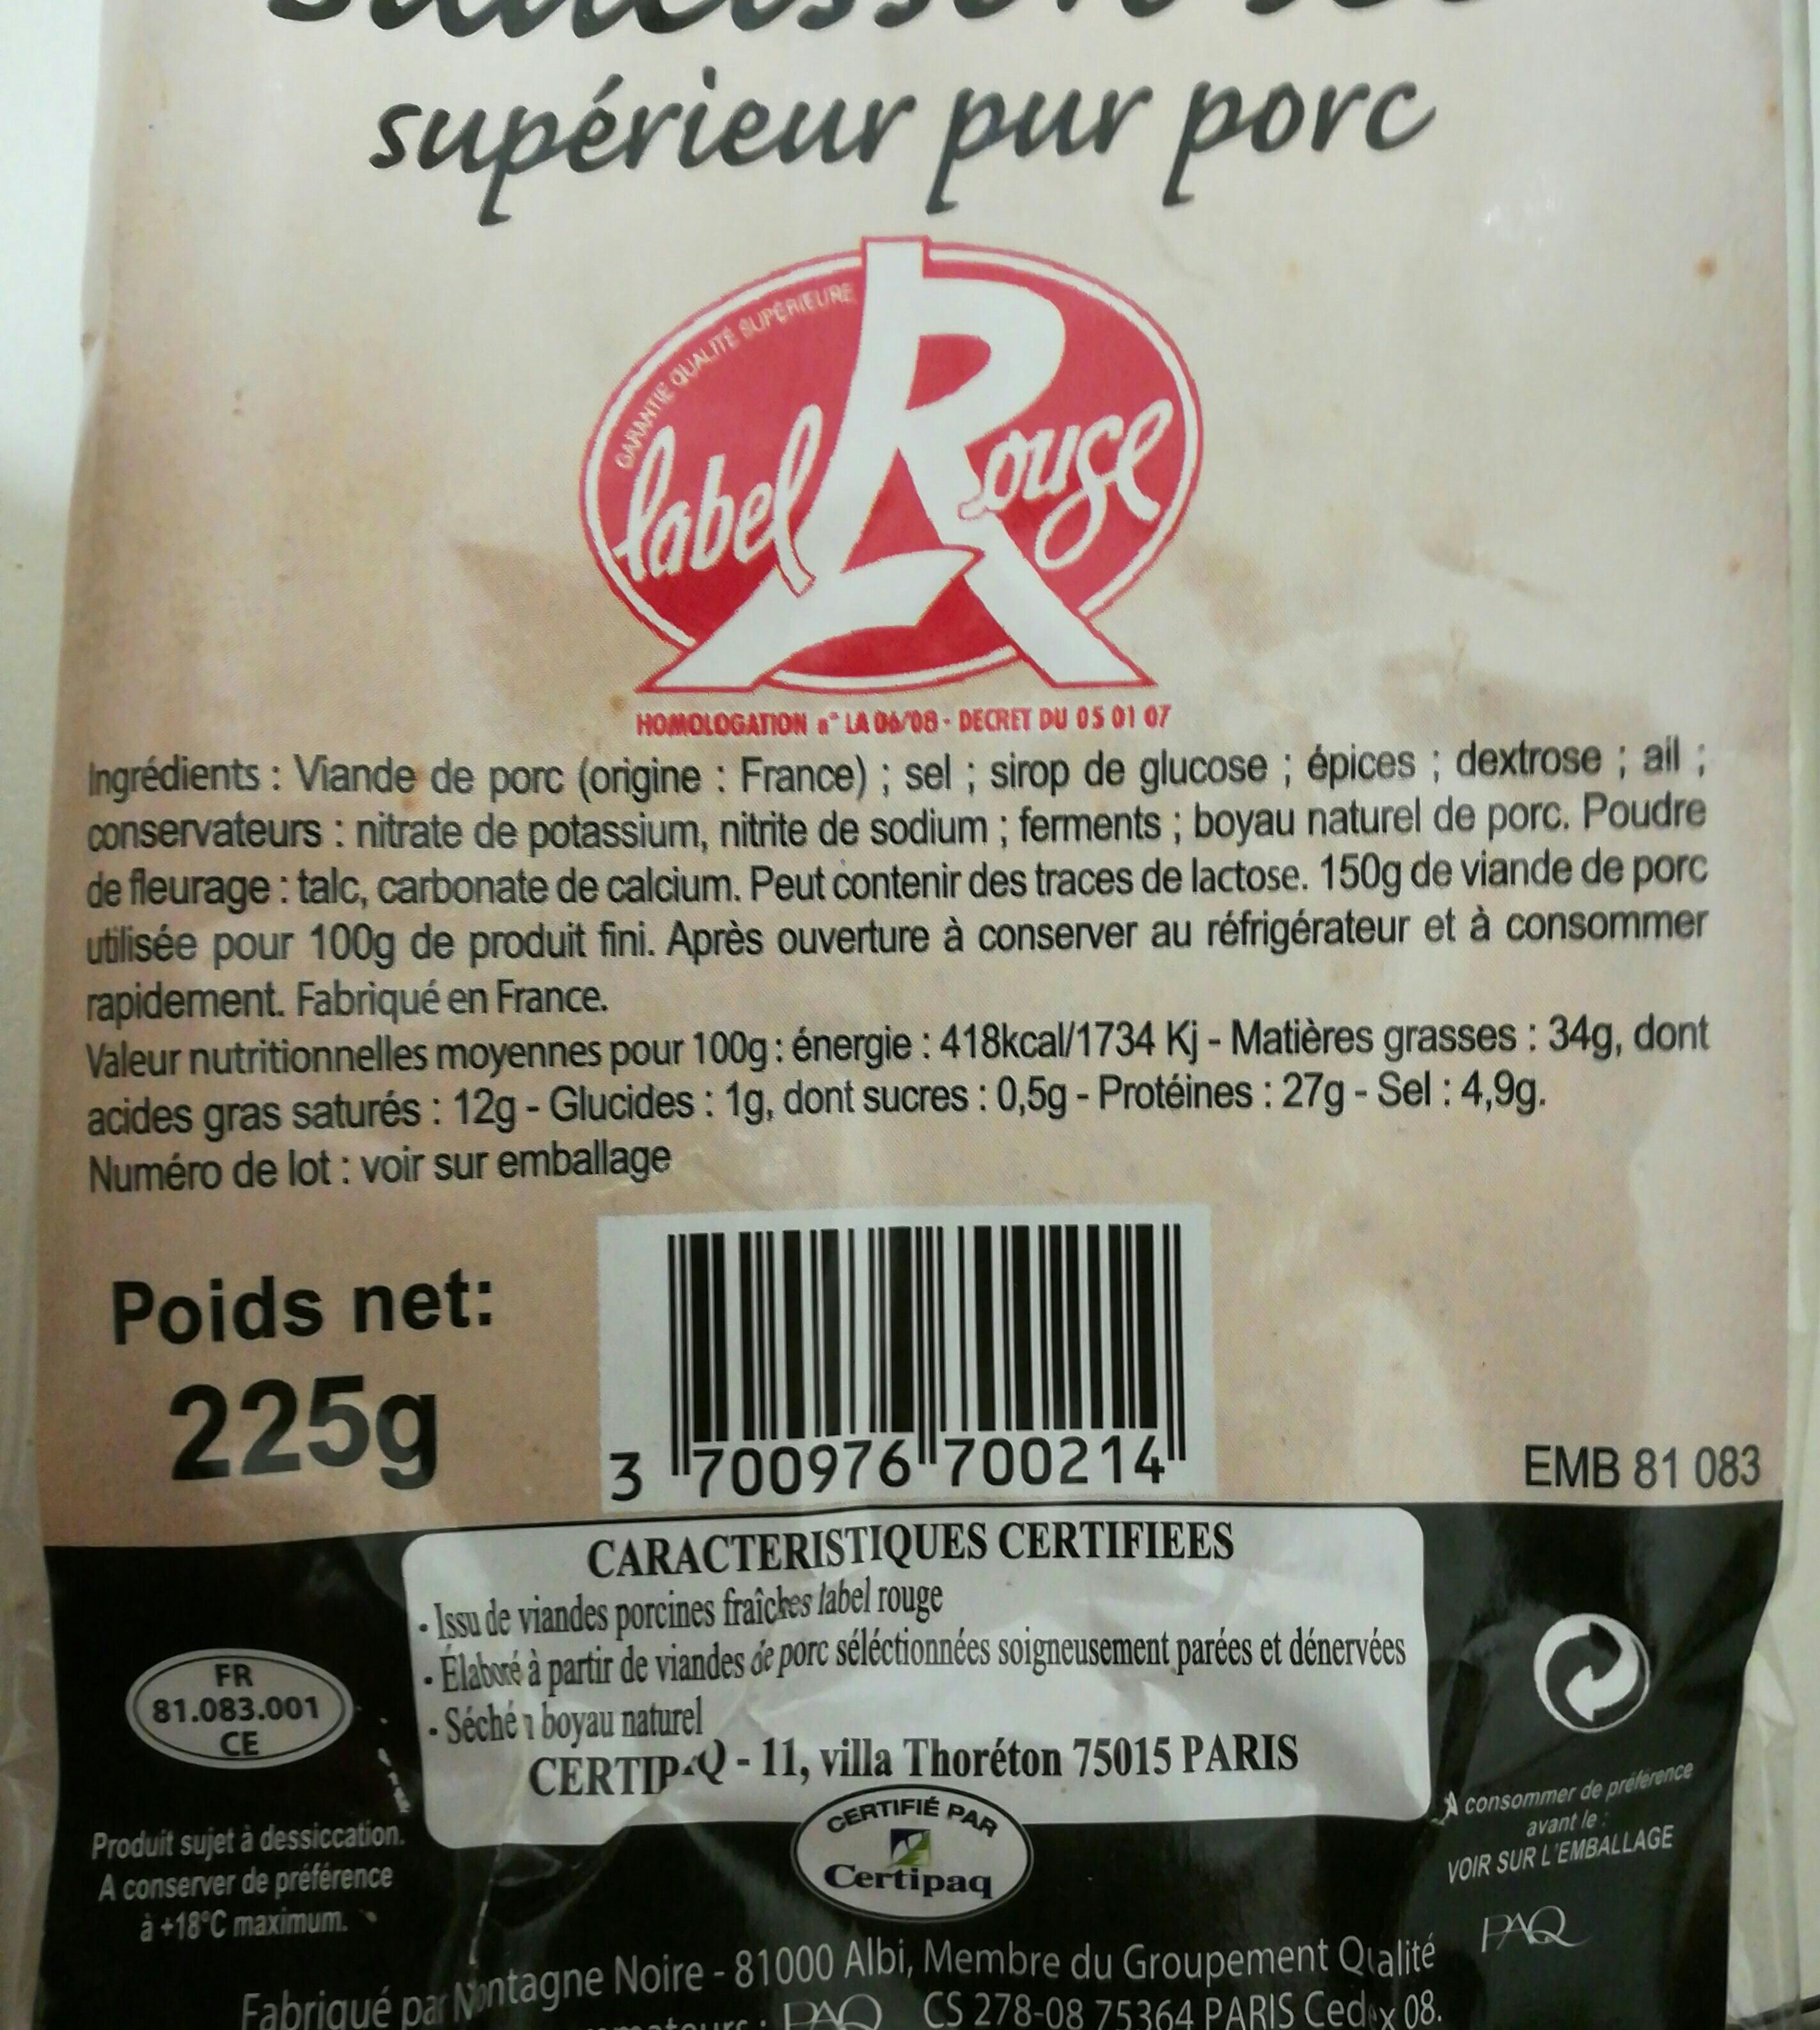
supérieur pur porc
ouse
HOMOLOGATION a LA 06/08-DECRET DU 05 01 07
Ingrédients : Viande de porc (origine: France); sel; sirop de glucose; épices; dextrose ; ail; conservateurs : nitrate de potassium, nitrite de sodium; ferments; boyau naturel de porc. Poudre de fleurage : talc, carbonate de calcium. Peut contenir des traces de lactose. 150g de viande de porc utilisée pour 100g de produit fini. Après ouverture à conserver au réfrigérateur et à consommer rapidement. Fabriqué en France.
Poids net:
225g
FR 81.083.001 CE
GARANTIE QUALITE SUPERIEURE
Valeur nutritionnelles moyennes pour 100g: énergie : 418kcal/1734 Kj - Matières grasses : 34g, dont acides gras saturés: 12g - Glucides: 1g, dont sucres : 0,5g - Protéines : 27g - Sel: 4,9g. Numéro de lot: voir sur emballage
label
Produit sujet à dessiccation.
A conserver de préférence
à +18°C maximum.
3700976700214 CARACTERISTIQUES CERTIFIEES Issu de viandes porcines fraîches label rouge Élaboré à partir de viandes de porc séléctionnées soigneusement parées et dénervées Séchén boyau naturel
CERTIPQ-11, villa Thoréton 75015 PARIS CERTIFIE PAR
Certipaq
Fabriqué par Nontagne Noire - 81000 Albi, Membre du Groupement Qualité
PA CS 278-08 75364 PARIS Cedex 08.
SUKS:
EMB 81 083
consommer de préférence avant le
VOIR SUR L'EMBALLAGE
PAQ